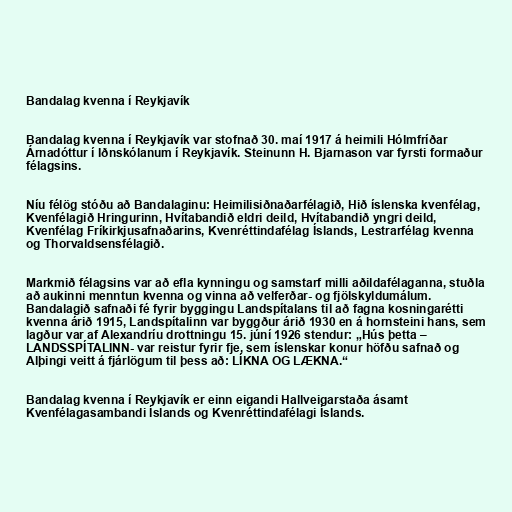
Bandalag kvenna í Reykjavík

Bandalag kvenna í Reykjavík var stofnað 30. maí 1917 á heimili Hólmfríðar
Árnadóttur í Iðnskólanum í Reykjavík. Steinunn H. Bjarnason var fyrsti formaður
félagsins.

Níu félög stóðu að Bandalaginu: Heimilisiðnaðarfélagið, Hið íslenska kvenfélag,
Kvenfélagið Hringurinn, Hvítabandið eldri deild, Hvítabandið yngri deild,
Kvenfélag Fríkirkjusafnaðarins, Kvenréttindafélag Íslands, Lestrarfélag kvenna
og Thorvaldsensfélagið.

Markmið félagsins var að efla kynningu og samstarf milli aðildafélaganna, stuðla
að aukinni menntun kvenna og vinna að velferðar- og fjölskyldumálum.
Bandalagið safnaði fé fyrir byggingu Landspítalans til að fagna kosningarétti
kvenna árið 1915, Landspítalinn var byggður árið 1930 en á hornsteini hans, sem
lagður var af Alexandríu drottningu 15. júní 1926 stendur: „Hús þetta –
LANDSSPÍTALINN- var reistur fyrir fje, sem íslenskar konur höfðu safnað og
Alþingi veitt á fjárlögum til þess að: LÍKNA OG LÆKNA.“

Bandalag kvenna í Reykjavík er einn eigandi Hallveigarstaða ásamt
Kvenfélagasambandi Íslands og Kvenréttindafélagi Íslands.